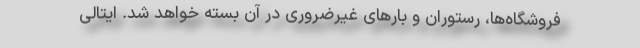
فروشگاه‌ها، رستوران و بارهای غیرضروری در آن بسته خواهد شد. ایتالی